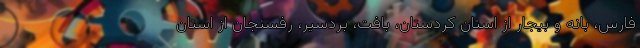
فارس، بانه و بیجار از استان کردستان، بافت، بردسیر، رفسنجان از استان